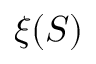
\xi ( S )